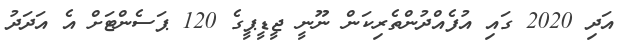
އަދި 2020 ގައި އުފެއްދުންތެރިކަން ނޫނީ ޖީޑީޕީގެ 120 ޕަސެންޓަށް އެ އަދަދު